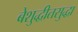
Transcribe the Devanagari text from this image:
बेशुद्धीतसुद्धा